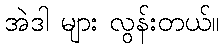
အဲဒါ များ လွန်းတယ်။